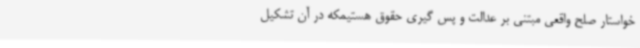
خواستار صلح واقعی مبتنی بر عدالت و پس گیری حقوق هستیمکه در آن تشکیل